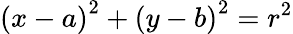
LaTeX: \left(x-a\right)^{2}+\left(y-b\right)^{2}=r^{2}